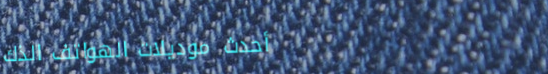
أحدث موديلات الهواتف الذك